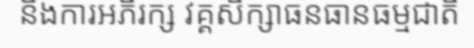
និងការអភិរក្ស វគ្គសិក្សាធនធានធម្មជាតិ